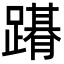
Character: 𨅤